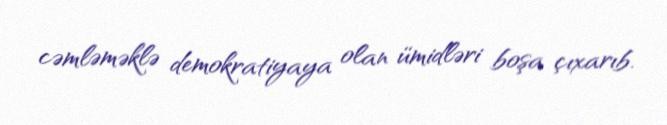
cəmləməklə demokratiyaya olan ümidləri boşa çıxarıb.